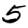
Digit: 5